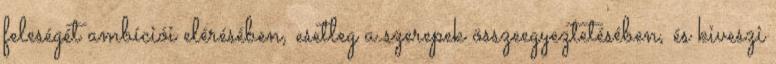
feleségét ambíciói elérésében, esetleg a szerepek összeegyeztetésében, és kiveszi